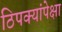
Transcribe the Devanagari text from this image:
ठिपक्यांपेक्षा